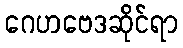
ဂေဟဗေဒဆိုင်ရာ